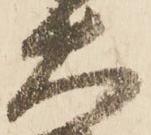
大